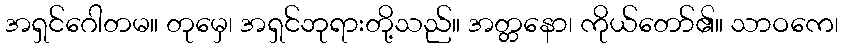
အရှင်ဂေါတမ။ တုမှေ၊ အရှင်ဘုရားတို့သည်။ အတ္တနော၊ ကိုယ်တော်၏။ သာဝကေ၊